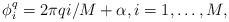
\begin{align*} \phi^q_i = 2\pi q i/M+\alpha,i=1,\dots,M,\end{align*}